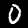
Label: 0